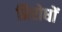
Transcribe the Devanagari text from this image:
प्रिरोधों